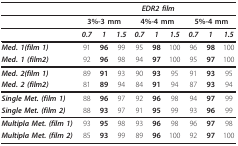
<table><thead><tr><td></td><td colspan="9"><b><i>EDR2 film</i></b></td></tr></thead><tbody><tr><td></td><td colspan="3"><b>3%-3 mm</b></td><td colspan="3"><b>4%-4 mm</b></td><td colspan="3"><b>5%-4 mm</b></td></tr><tr><td></td><td><b><i>0.7</i></b></td><td><b><i>1</i></b></td><td><b><i>1.5</i></b></td><td><b><i>0.7</i></b></td><td><b><i>1</i></b></td><td><b><i>1.5</i></b></td><td><b><i>0.7</i></b></td><td><b><i>1</i></b></td><td><b><i>1.5</i></b></td></tr><tr><td><b><i>Med. 1(film 1)</i></b></td><td>91</td><td><b>96</b></td><td>99</td><td>95</td><td><b>98</b></td><td>100</td><td>96</td><td><b>98</b></td><td>100</td></tr><tr><td><b><i>Med. 1 (film2)</i></b></td><td>92</td><td><b>96</b></td><td>98</td><td>94</td><td><b>97</b></td><td>100</td><td>95</td><td><b>97</b></td><td>100</td></tr><tr><td><b><i>Med. 2(film 1)</i></b></td><td>89</td><td><b>91</b></td><td>93</td><td>90</td><td><b>93</b></td><td>95</td><td>91</td><td><b>93</b></td><td>95</td></tr><tr><td><b><i>Med. 2 (film2)</i></b></td><td>81</td><td><b>89</b></td><td>94</td><td>84</td><td><b>91</b></td><td>94</td><td>87</td><td><b>93</b></td><td>94</td></tr><tr><td><b><i>Single Met. (film 1)</i></b></td><td>88</td><td><b>96</b></td><td>97</td><td>92</td><td><b>96</b></td><td>98</td><td>94</td><td><b>97</b></td><td>99</td></tr><tr><td><b><i>Single Met. (film 2)</i></b></td><td>88</td><td><b>93</b></td><td>97</td><td>91</td><td><b>95</b></td><td>99</td><td>93</td><td><b>96</b></td><td>99</td></tr><tr><td><b><i>Multipla Met. (film 1)</i></b></td><td>93</td><td><b>95</b></td><td>98</td><td>93</td><td><b>96</b></td><td>98</td><td>96</td><td><b>97</b></td><td>98</td></tr><tr><td><b><i>Multipla Met. (film 2)</i></b></td><td>85</td><td><b>93</b></td><td>99</td><td>89</td><td><b>96</b></td><td>100</td><td>92</td><td><b>97</b></td><td>100</td></tr></tbody></table>